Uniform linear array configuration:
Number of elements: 8
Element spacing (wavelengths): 0.5
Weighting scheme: binomial
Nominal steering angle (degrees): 15
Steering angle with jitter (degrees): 16.276
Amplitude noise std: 0.05
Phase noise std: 0.05

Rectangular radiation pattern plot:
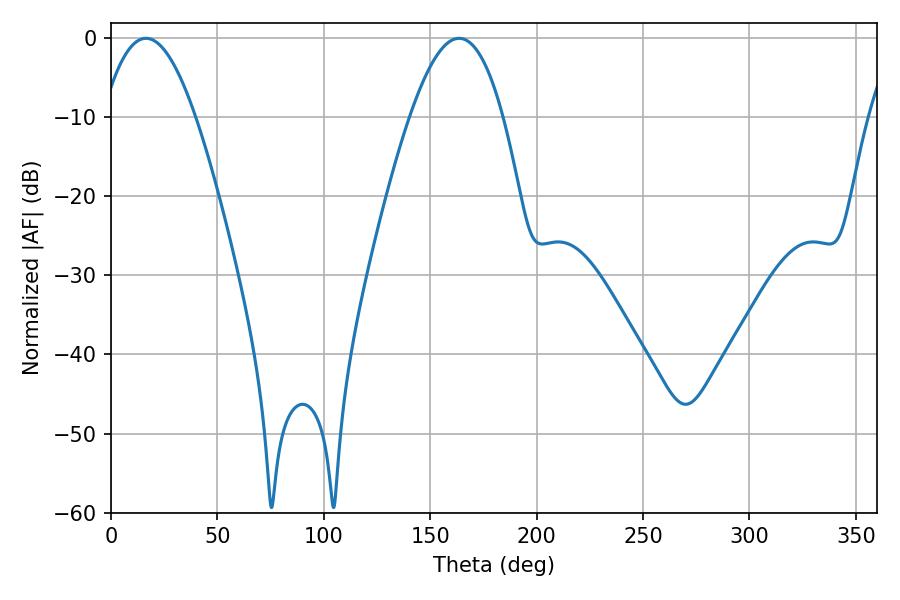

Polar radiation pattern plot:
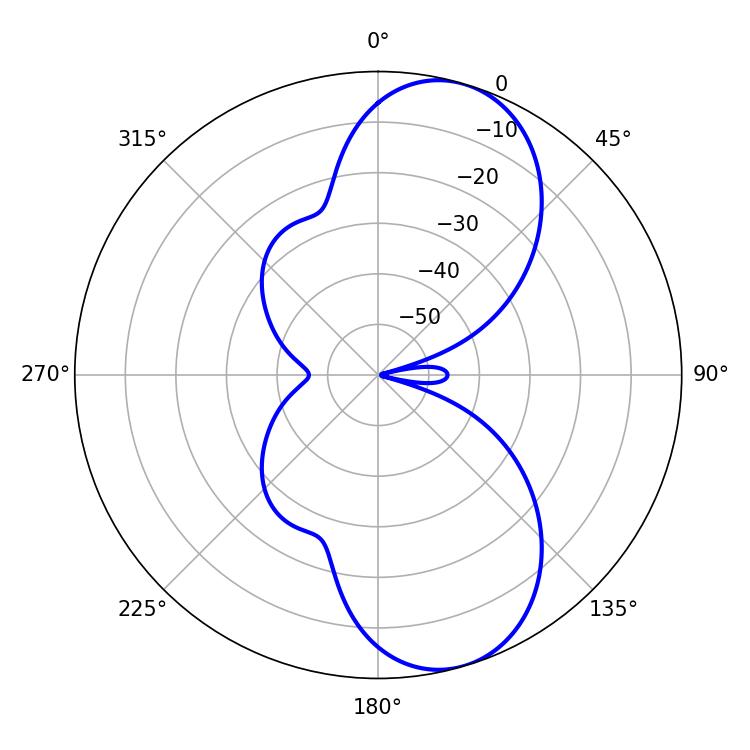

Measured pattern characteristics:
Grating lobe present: FALSE
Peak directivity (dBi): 8.846
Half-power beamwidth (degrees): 23.94
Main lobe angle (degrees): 16.38